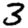
Digit: 3